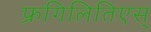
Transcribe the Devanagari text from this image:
फ्रगिलितिएस्